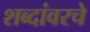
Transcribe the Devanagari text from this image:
शब्दांवरचे